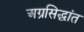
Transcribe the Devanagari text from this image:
अग्रसिद्धांत